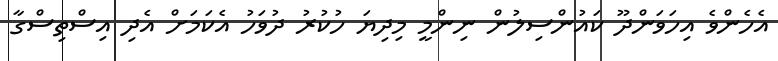
އެހެންވެ އިހަވަންދޫ ކައުންސިލުން ނިންމީ މިދިޔަ ހުކުރު ދުވަހު އެކަމަށް އެދި އިސްތިސްގާ